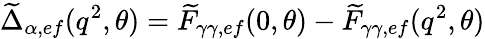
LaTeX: \widetilde{\Delta}_{\alpha,ef}(q^{2},\theta)=\widetilde{F}_{\gamma\gamma,ef}(0,\theta)-\widetilde{F}_{\gamma\gamma,ef}(q^{2},\theta)